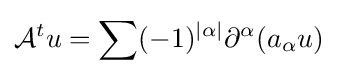
{\mathcal {A}}^{t}u=\sum (-1)^{|\alpha |}\partial ^{\alpha }(a_{\alpha }u)